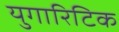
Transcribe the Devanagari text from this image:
युगारिटिक